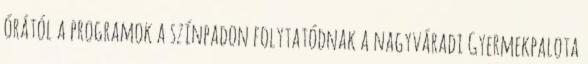
órától a programok a színpadon folytatódnak a nagyváradi Gyermekpalota